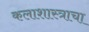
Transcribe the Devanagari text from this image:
कलाशास्त्राचा